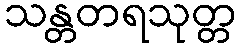
သန္တတရသုတ္တ